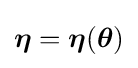
{\boldsymbol {\eta }}={\boldsymbol {\eta }}({\boldsymbol {\theta }})